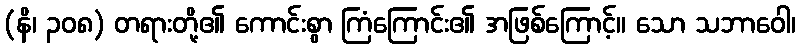
(နိ၊ ၃၀၈) တရားတို့၏ ကောင်းစွာ ကြံကြောင်း၏ အဖြစ်ကြောင့်။ သော သဘာဝေါ၊